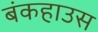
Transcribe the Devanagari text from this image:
बंकहाउस